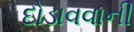
દોડાવવાની